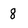
Character: 8